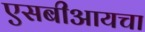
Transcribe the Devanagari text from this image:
एसबीआयचा